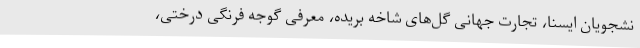
نشجویان ایسنا، تجارت جهانی گل‌های شاخه بریده، معرفی گوجه فرنگی درختی،